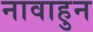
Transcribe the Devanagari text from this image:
नावाहुन